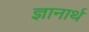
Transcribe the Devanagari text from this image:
ज्ञानार्थ